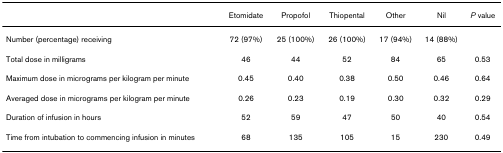
|  | Etomidate | Propofol | Thiopental | Other | Nil | P value |
 | --- | --- | --- | --- | --- | --- | --- |
 | Number (percentage) receiving | 72 (97%) | 25 (100%) | 26 (100%) | 17 (94%) | 14 (88%) |  |
 | Total dose in milligrams | 46 | 44 | 52 | 84 | 65 | 0.53 |
 | Maximum dose in micrograms per kilogram per minute | 0.45 | 0.40 | 0.38 | 0.50 | 0.46 | 0.64 |
 | Averaged dose in micrograms per kilogram per minute | 0.26 | 0.23 | 0.19 | 0.30 | 0.32 | 0.29 |
 | Duration of infusion in hours | 52 | 59 | 47 | 50 | 40 | 0.54 |
 | Time from intubation to commencing infusion in minutes | 68 | 135 | 105 | 15 | 230 | 0.49 |